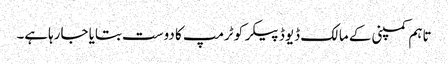
تاہم کمپنی کے مالک ڈیوڈ پیکر کو ٹرمپ کا دوست بتایا جارہاہے۔